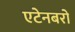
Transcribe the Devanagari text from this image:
एटेनबरो